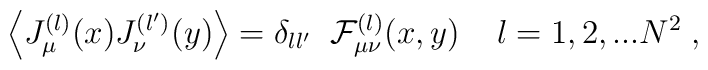
\Big\langle J_\mu^{(l)}(x) J_\nu^{(l^\prime)}(y)\Big\rangle =\delta_{l l^\prime} \;\; {\cal F}_{\mu \nu}^{(l)} (x,y)\;\;\;\; l = 1,2,...N^2 \; ,